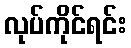
လုပ်ကိုင်ရင်း